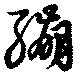
繃